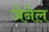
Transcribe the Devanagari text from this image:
जेनेल